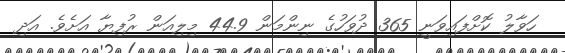
ހަވާލު ކޮށްފައިވަނީ 365 ދުވަހުގެ ނިންމަން 44.9 މިލިއަން ރުފިޔާ އަށެވެ. އަދި